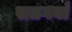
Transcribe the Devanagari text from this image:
सतगवाँ